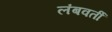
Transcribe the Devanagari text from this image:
लंबवर्ती